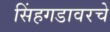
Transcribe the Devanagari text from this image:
सिंहगडावरचे